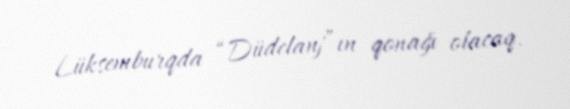
Lüksemburqda “Düdelanj”ın qonağı olacaq.